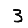
Digit: 3